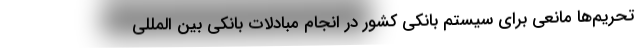
تحریم‌ها مانعی برای سیستم بانکی کشور در انجام مبادلات بانکی بین المللی